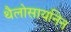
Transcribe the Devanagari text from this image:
थैलोसायनिन